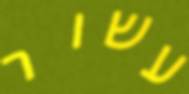
עשור